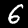
Label: 6